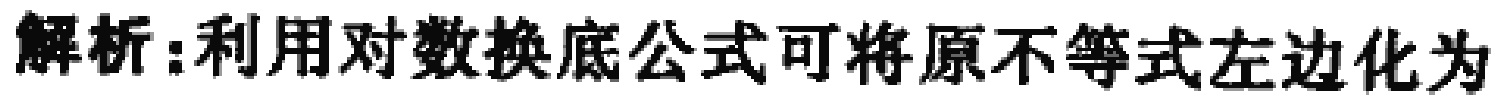
解析：利用对数换底公式可将原不等式左边化为